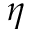
\eta